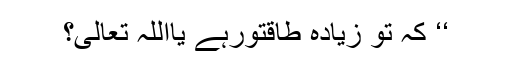
‘‘ کہ تو زیادہ طاقتورہے یااللہ تعالیٰ؟